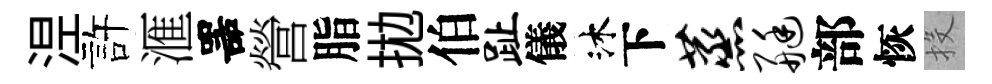
𣵀許滙噐營脂拋伯趾儀沐下蒸艇部恢投